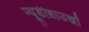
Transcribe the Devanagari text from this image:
न्यूडीब्राउखों